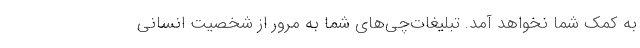
به کمک‌ شما نخواهد آمد. تبلیغات‌چی‌های شما به مرور از شخصیت انسانی